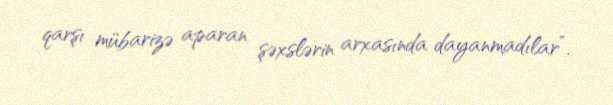
qarşı mübarizə aparan şəxslərin arxasında dayanmadılar”.